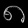
Digit: ၈